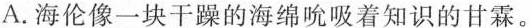
A.海伦像一块干躁的海绵吮吸着知识的甘霖。